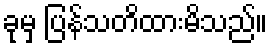
ခုမှ ပြန်သတိထားမိသည်။